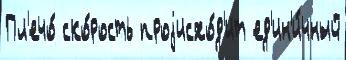
Пл'ечо́ ско́рость проjисхо́д'ит ед'ин'и́чный